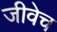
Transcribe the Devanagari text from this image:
जीवेच